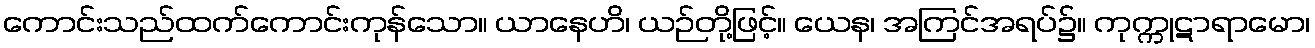
ကောင်းသည်ထက်ကောင်းကုန်သော။ ယာနေဟိ၊ ယဉ်တို့ဖြင့်။ ယေန၊ အကြင်အရပ်၌။ ကုက္ကုဋာရာမော၊